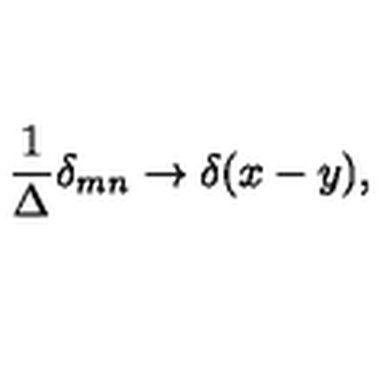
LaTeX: \frac { 1 } { \Delta } \delta _ { m n } \rightarrow \delta ( x - y ) ,